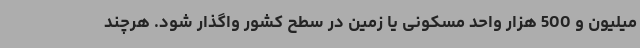
میلیون و 500 هزار واحد مسکونی یا زمین در سطح کشور واگذار شود. هرچند